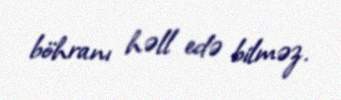
böhranı həll edə bilməz.